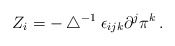
\begin{align*}Z_i=-\bigtriangleup^{-1}\epsilon_{ijk}\partial^j \pi^k\,.\end{align*}